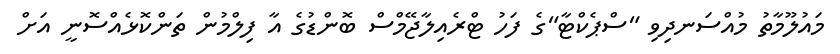
މައުލޫމާތު މުއްސަނދިވި "ސްޕެކްޓާ"ގެ ފަހު ޓްރެއިލާޖޭމްސް ބޮންޑުގެ އާ ފިލްމުން ތަންކޮޅެއްސޮނީ އަށް